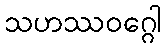
သဟဿဝဂ္ဂေါ